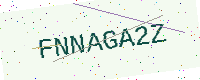
Text: FNNAGA2Z